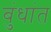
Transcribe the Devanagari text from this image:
बुंधांत